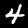
Digit: 4